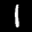
Label: 1